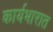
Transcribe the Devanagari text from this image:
कार्यभारात